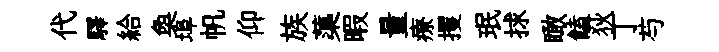
代驛給奐埠帆仰族蕖暇量療攫珉捄瞰饁狄丁芍